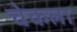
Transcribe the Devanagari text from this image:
चेकला